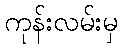
ကုန်းလမ်းမှ